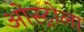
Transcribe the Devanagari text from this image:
ओस्ट्रोला